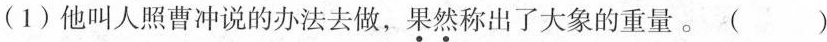
(1)他叫人照曹冲说的办法去做，\underset{·}{果}\underset{·}{然}称出了大象的重量。 ( )